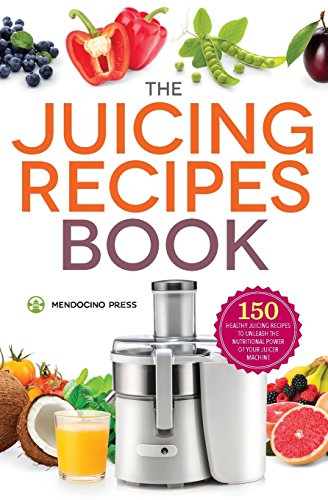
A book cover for The Juicing Recipes Book: 150 Healthy Juicer Recipes to Unleash the Nutritional Power of Your Juicing Machine; Mendocino Press; Cookbooks, Food & Wine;